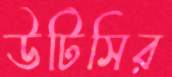
উটিসির